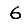
Digit: 6